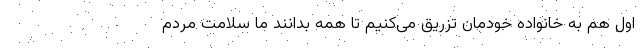
اول هم به خانواده خودمان تزریق می‌کنیم تا همه بدانند ما سلامت مردم